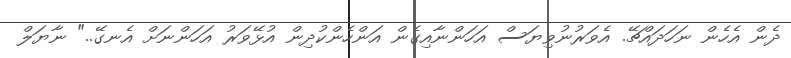
ދެން އެހެން ނަހަދައްޗޭ. އެވަރުނުވިޔަސް އަހަންނާއިގެން އަންހެންކުދިން އުޅޭވަރު އަހަންނަށް އެނގޭ.." ނާޔަލް